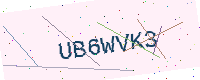
Text: UB6WVK3